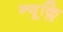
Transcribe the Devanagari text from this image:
न्यूक्लि